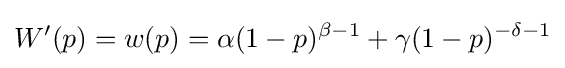
W'(p)=w(p)=\alpha (1-p)^{\beta -1}+\gamma (1-p)^{-\delta -1}